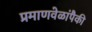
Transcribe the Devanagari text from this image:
प्रमाणवेळांपैकी